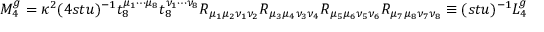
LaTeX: M _ { 4 } ^ { g } = \kappa ^ { 2 } ( 4 s t u ) ^ { - 1 } t _ { 8 } ^ { \mu _ { 1 } \cdots \mu _ { 8 } } t _ { 8 } ^ { \nu _ { 1 } \cdots \nu _ { 8 } } R _ { \mu _ { 1 } \mu _ { 2 } \nu _ { 1 } \nu _ { 2 } } R _ { \mu _ { 3 } \mu _ { 4 } \nu _ { 3 } \nu _ { 4 } } R _ { \mu _ { 5 } \mu _ { 6 } \nu _ { 5 } \nu _ { 6 } } R _ { \mu _ { 7 } \mu _ { 8 } \nu _ { 7 } \nu _ { 8 } } \equiv ( s t u ) ^ { - 1 } L _ { 4 } ^ { g } ,